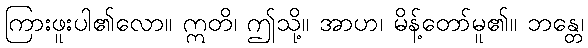
ကြားဖူးပါ၏လော။ ဣတိ၊ ဤသို့။ အာဟ၊ မိန့်တော်မူ၏။ ဘန္တေ၊